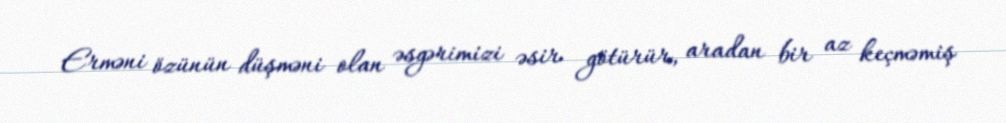
Erməni özünün düşməni olan əsgərimizi əsir götürür, aradan bir az keçməmiş